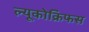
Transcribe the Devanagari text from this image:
ल्यूकोक्रिफस